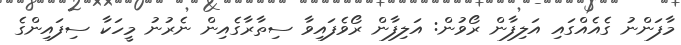
މާފަންނު ގެއެއްގައި އަލިފާން ރޯވުން: އަލިފާން ރޯވެފައިވާ ސިތާރާގެއިން ނެރުނު މީހަކާ ސިފައިންގެ